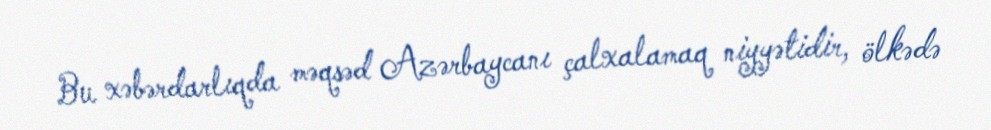
Bu xəbərdarlıqda məqsəd Azərbaycanı çalxalamaq niyyətidir, ölkədə